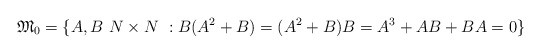
\begin{align*}\mathfrak M_0 = \{ A,B\ N\times N\ :B(A^2+B)=(A^2+B)B=A^3+AB+BA=0\}\end{align*}